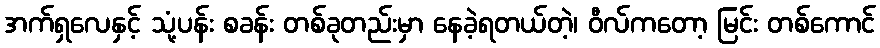
အက်ရှလေနှင့် သုံ့ပန်း စခန်း တစ်ခုတည်းမှာ နေခဲ့ရတယ်တဲ့၊ ဝီလ်ကတော့ မြင်း တစ်ကောင်